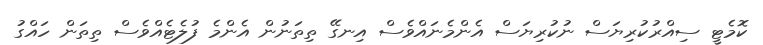
ކޮމެޓީ ސިއްރުކުރިޔަސް ނުކުރިޔަސް އެންމެނައްވެސް އިނގޭ ތިތަނުން އެންމެ ފުލެޓެއްވެސް ތިތަން ހައްގު